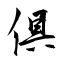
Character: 倶